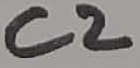
Text: C2